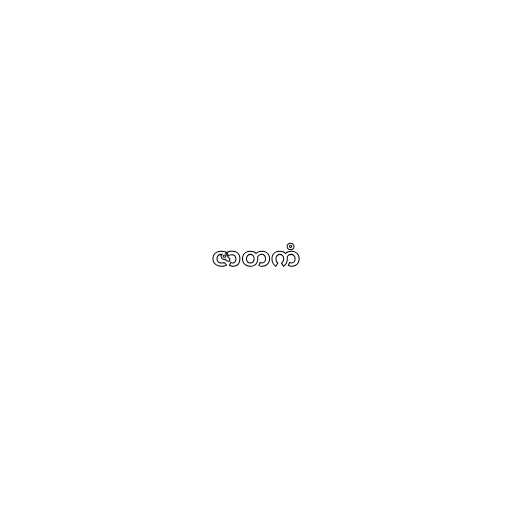
ဇာတကံ